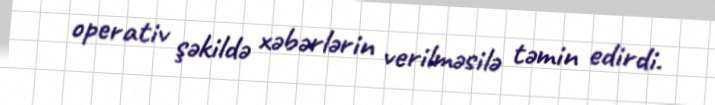
operativ şəkildə xəbərlərin verilməsilə təmin edirdi.